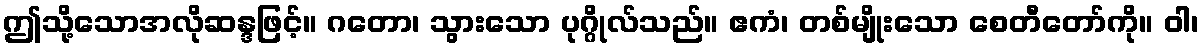
ဤသို့သောအလိုဆန္ဒဖြင့်။ ဂတော၊ သွားသော ပုဂ္ဂိုလ်သည်။ ဧကံ၊ တစ်မျိုးသော စေတီတော်ကို။ ဝါ၊